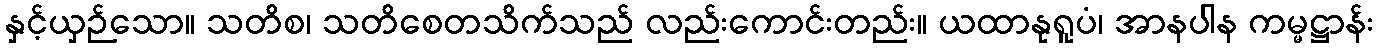
နှင့်ယှဉ်သော။ သတိစ၊ သတိစေတသိက်သည် လည်းကောင်းတည်း။ ယထာနုရူပံ၊ အာနပါန ကမ္မဋ္ဌာန်း